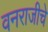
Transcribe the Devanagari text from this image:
वनराजीचे